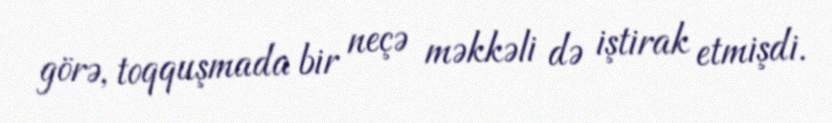
görə, toqquşmada bir neçə məkkəli də iştirak etmişdi.